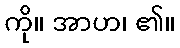
ကို။ အာဟ၊ ၏။